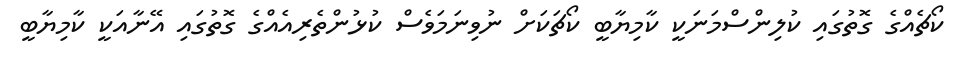
ކޯޗެއްގެ ގޮތުގައި ކުލިންސްމަނަކީ ކާމިޔާބީ ކޯޗަކަށް ނުވިނަމަވެސް ކުޅުންތެރިއެއްގެ ގޮތުގައި އޭނާއަކީ ކާމިޔާބީ